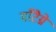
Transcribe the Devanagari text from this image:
माँटैग्ने